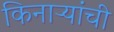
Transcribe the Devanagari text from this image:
किनाऱ्यांची